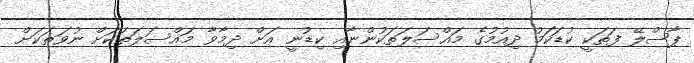
ޕާސްލޭ ފަތަކީ ކުޑަކަމު ދިއުމުގެ މައްސަލަތަކުންނާއި ކިޑުނީ އަށް ދިމާވާ މައްސަލަތަކަށް ނުވަތަކަށް